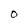
Character: O